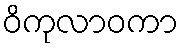
ဝိကုလာဝကာ